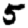
Digit: 5